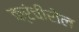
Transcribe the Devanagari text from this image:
क्रंचीरोल